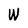
Character: W